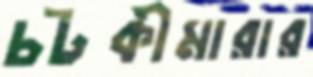
চটকীমারার